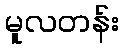
မူလတန်း